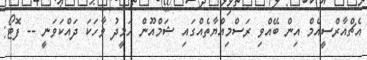
އެޗްއާރްސީއެމް އިން ބޭއްވި ރަސްމިއްޔާތެއްގައި ޝަމްއޫން ހަމީދު ވާހަކަ ދައްކަވަނީ -- ފޮޓޯ: